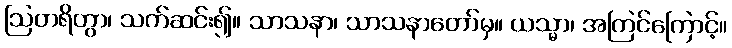
ဩတရိတွာ၊ သက်ဆင်း၍။ သာသနာ၊ သာသနာတော်မှ။ ယသ္မာ၊ အကြင်ကြောင့်။